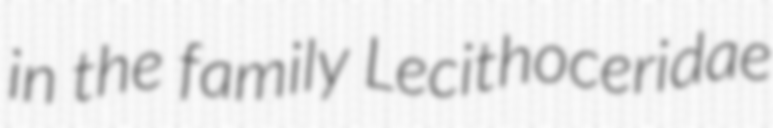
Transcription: in the family Lecithoceridae